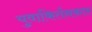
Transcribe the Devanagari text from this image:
युवाकिर्तनकार